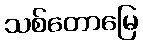
သစ်တောမြေ